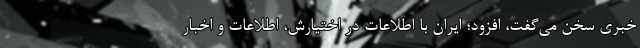
خبری سخن می‌گفت، افزود؛ ایران با اطلاعات در اختیارش، اطلاعات و اخبار